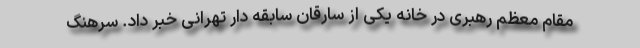
مقام معظم رهبری در خانه یکی از سارقان سابقه دار تهرانی خبر داد. سرهنگ